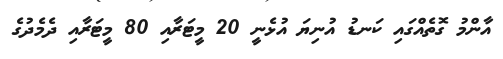
އާންމު ގޮތެއްގައި ކަނޑު އުނިޔަ އުޅެނީ 20 މީޓަރާއި 80 މީޓަރާއި ދެމެދުގެ